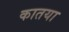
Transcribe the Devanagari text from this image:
कातया